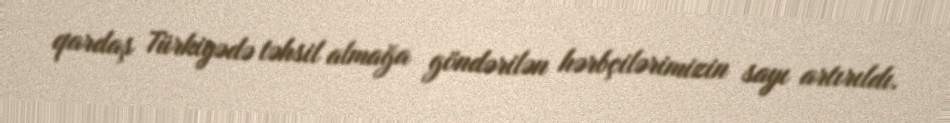
qardaş Türkiyədə təhsil almağa göndərilən hərbçilərimizin sayı artırıldı.